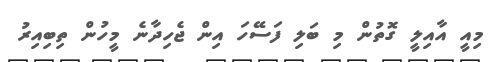
މިއީ އާއިލީ ގޮތުން މި ބަލި ފަސޭހަ އިން ޖެހިދާނެ މީހުން ތިބިއިރު